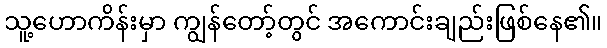
သူ့ဟောကိန်းမှာ ကျွန်တော့်တွင် အကောင်းချည်းဖြစ်နေ၏။